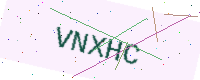
Text: VNXHC